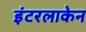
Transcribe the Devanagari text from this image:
इंटरलाकेन